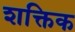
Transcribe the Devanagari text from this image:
शक्तिक